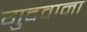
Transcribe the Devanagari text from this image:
गुदवाना